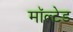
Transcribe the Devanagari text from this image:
मॉल्टेड